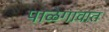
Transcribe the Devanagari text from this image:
पाळेगावात